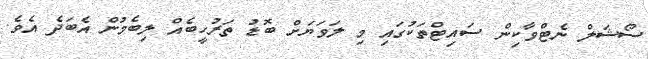
ސޯޝަލް ނެޓްވާކިން ސައިޓްތަކުގައި މި ލަވަޔަށް ބޮޑު ތަރުހީބެއް ލިބެމުން އެބަދެ އެވެ.